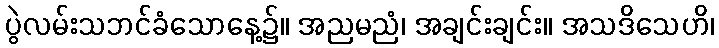
ပွဲလမ်းသဘင်ခံသောနေ့၌။ အညမညံ၊ အချင်းချင်း။ အသဒိသေဟိ၊